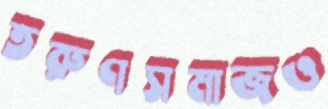
তরুণসমাজও